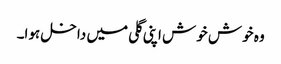
وہ خوش خوش اپنی گلی میں داخل ہوا۔